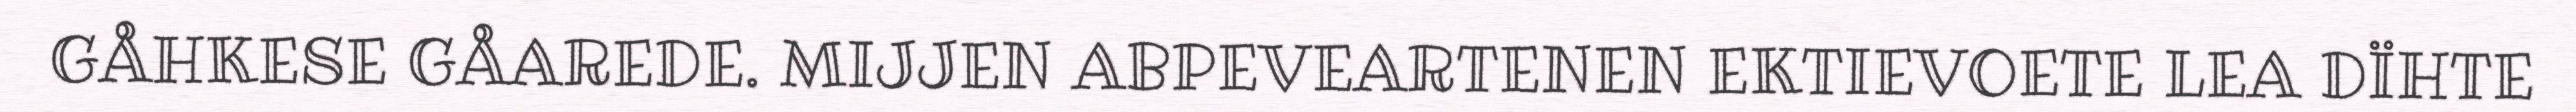
GÅHKESE GÅAREDE. MIJJEN ABPEVEARTENEN EKTIEVOETE LEA DÏHTE